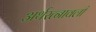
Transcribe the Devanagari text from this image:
अर्थरत्नावली